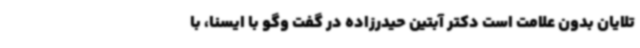
تلایان بدون علامت است دکتر آبتین حیدرزاده در گفت وگو با ایسنا، با